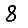
Digit: 8